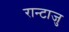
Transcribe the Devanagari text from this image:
रान्टाजु